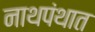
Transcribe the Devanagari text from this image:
नाथपंथात